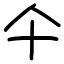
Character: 仐